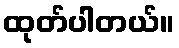
ထုတ်ပါတယ်။